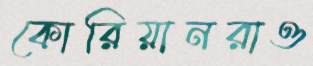
কোরিয়ানরাও